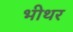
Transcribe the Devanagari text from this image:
भीथर